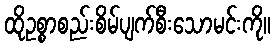
ထိုဥစ္စာစည်းစိမ်ပျက်စီးသောမင်းကို။